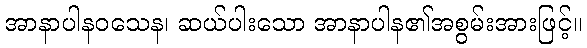
အာနာပါနဝသေန၊ ဆယ်ပါးသော အာနာပါန၏အစွမ်းအားဖြင့်။